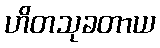
ဟိတသုခတာယ